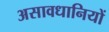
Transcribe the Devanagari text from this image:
असावधानियों